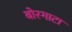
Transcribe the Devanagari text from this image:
बोरगाटा